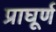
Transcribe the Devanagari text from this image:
प्राघूर्ण